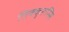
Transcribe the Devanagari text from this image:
तिक्कुरूस्सि